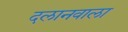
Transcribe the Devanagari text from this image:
दलानवाला